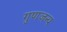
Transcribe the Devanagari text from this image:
गुणजन्य